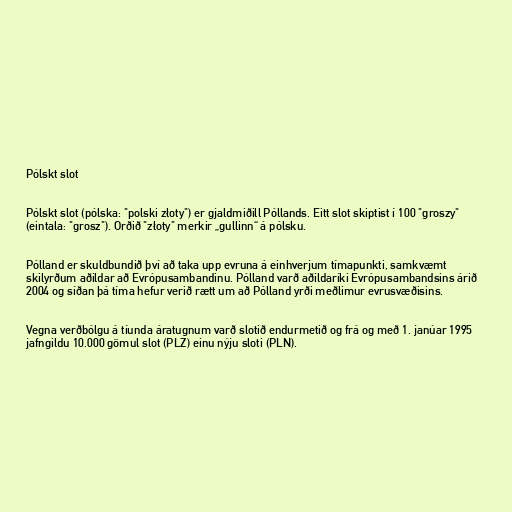
Pólskt slot

Pólskt slot (pólska: "polski złoty") er gjaldmiðill Póllands. Eitt slot skiptist í 100 "groszy"
(eintala: "grosz"). Orðið "złoty" merkir „gullinn“ á pólsku.

Pólland er skuldbundið því að taka upp evruna á einhverjum tímapunkti, samkvæmt
skilyrðum aðildar að Evrópusambandinu. Pólland varð aðildaríki Evrópusambandsins árið
2004 og síðan þá tíma hefur verið rætt um að Pólland yrði meðlimur evrusvæðisins.

Vegna verðbólgu á tíunda áratugnum varð slotið endurmetið og frá og með 1. janúar 1995
jafngildu 10.000 gömul slot (PLZ) einu nýju sloti (PLN).